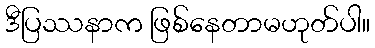
ဒီပြဿနာက ဖြစ်နေတာမဟုတ်ပါ။